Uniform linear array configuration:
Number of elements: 8
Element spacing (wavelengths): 0.25
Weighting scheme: hamming
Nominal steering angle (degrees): -15
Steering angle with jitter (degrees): -15.176
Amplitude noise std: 0.05
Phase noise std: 0.05

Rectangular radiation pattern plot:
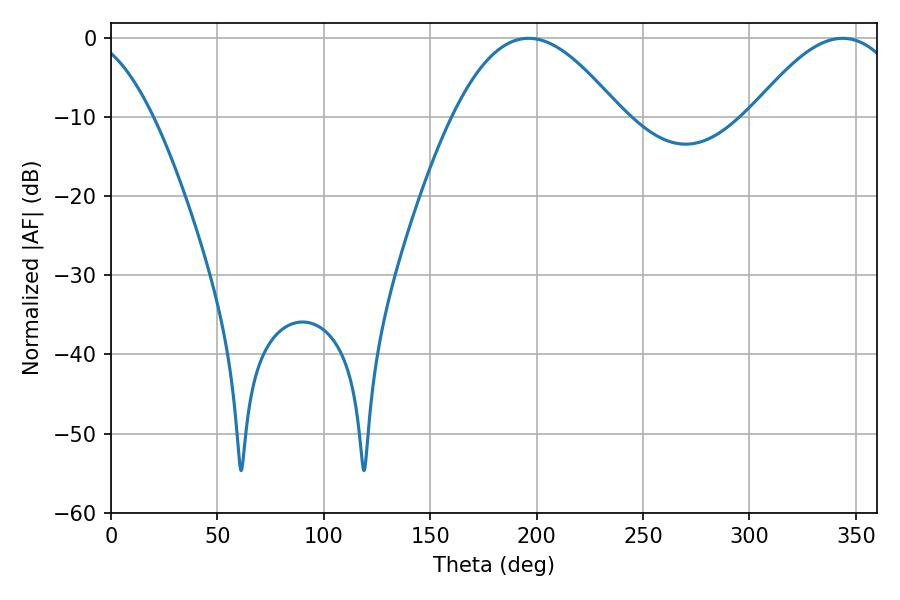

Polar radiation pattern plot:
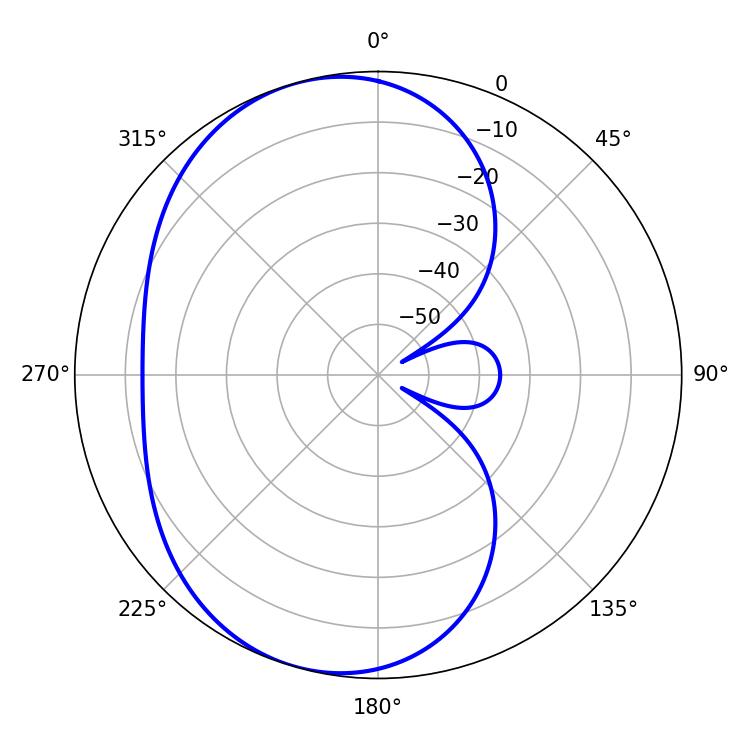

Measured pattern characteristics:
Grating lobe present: FALSE
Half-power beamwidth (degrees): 42.84
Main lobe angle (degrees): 196.2